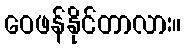
ဝေဖန်နိုင်တာလား။